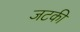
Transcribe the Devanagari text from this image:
जटकी